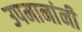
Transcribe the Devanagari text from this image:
उपमानांनी